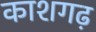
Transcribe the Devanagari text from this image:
काशगढ़